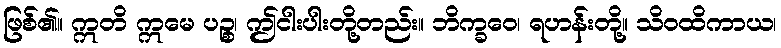
ဖြစ်၏။ ဣတိ ဣမေ ပဉ္စ၊ ဤငါးပါးတို့တည်း။ ဘိက္ခဝေ၊ ရဟန်းတို့။ သိဝထိကာယ၊